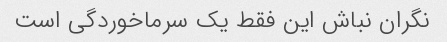
نگران نباش این فقط یک سرماخوردگی است